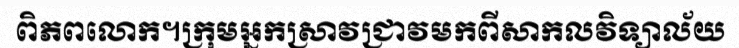
ពិភពលោក។ក្រុមអ្នកស្រាវជ្រាវមកពីសាកលវិទ្យាល័យ